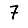
Digit: 7